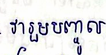
វារួមបញ្ចូល